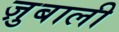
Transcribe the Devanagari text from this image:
ज़ुबाली